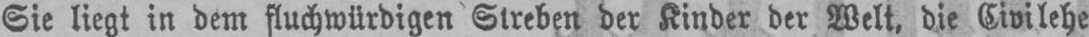
Sie liegt in dem fluchwürdigen Streben der Kinder der Welt, die Civilehe